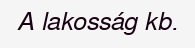
A lakosság kb.